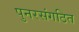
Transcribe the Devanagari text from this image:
पुनरसंगठित